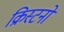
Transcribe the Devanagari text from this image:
क्रिस्टनों